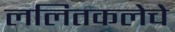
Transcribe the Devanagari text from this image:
ललितकलेचे